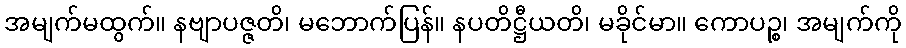
အမျက်မထွက်။ နဗျာပဇ္ဇတိ၊ မဘောက်ပြန်။ နပတိဋ္ဌီယတိ၊ မခိုင်မာ။ ကောပဉ္စ၊ အမျက်ကို